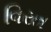
વિરત